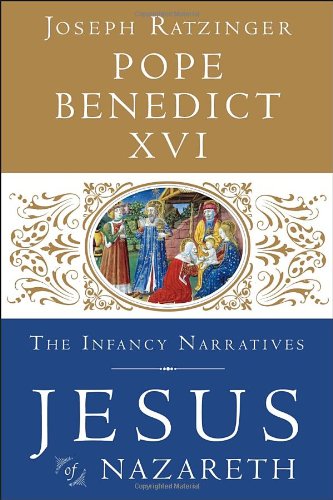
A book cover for Jesus of Nazareth: The Infancy Narratives; Pope Benedict XVI; Christian Books & Bibles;